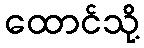
ထောင်သို့